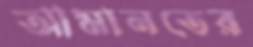
আমানতের